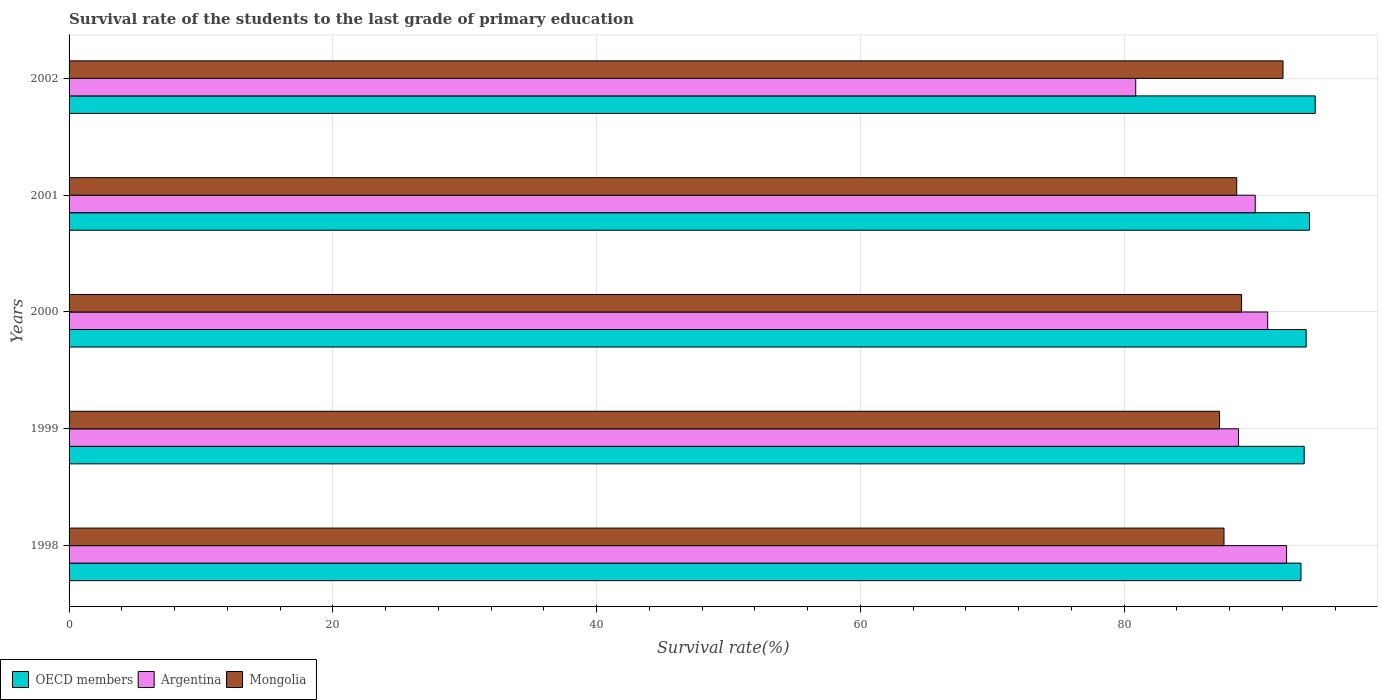
| Years | OECD members | Argentina | Mongolia |
 | --- | --- | --- | --- |
 | 1998 | 93.4 | 92.3 | 87.6 |
 | 1999 | 93.6 | 88.7 | 87.2 |
 | 2000 | 93.8 | 90.9 | 88.9 |
 | 2001 | 94 | 89.9 | 88.5 |
 | 2002 | 94.5 | 80.9 | 92 |